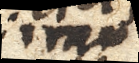
imo